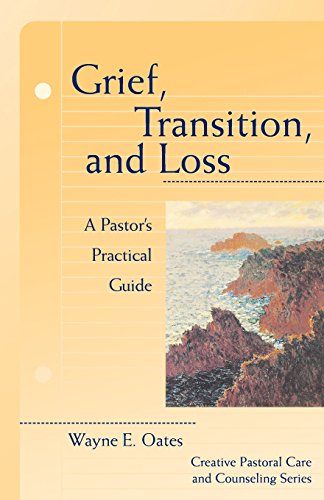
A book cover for Grief, Transition, and Loss: A Pastor's Practical Guide (Creative Pastoral Care & Counseling); Wayne E. Oates; Christian Books & Bibles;